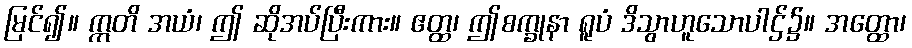
မြင်၍။ ဣတိ အယံ၊ ဤ ဆိုအပ်ပြီးကား။ ဧတ္ထ၊ ဤစက္ခုနာ ရူပံ ဒိသွာဟူသောပါဌ်၌။ အတ္ထော၊